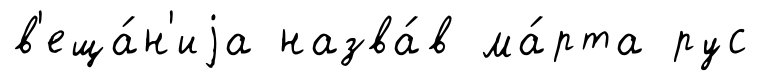
в'еща́н'иjа назва́в ма́рта рус